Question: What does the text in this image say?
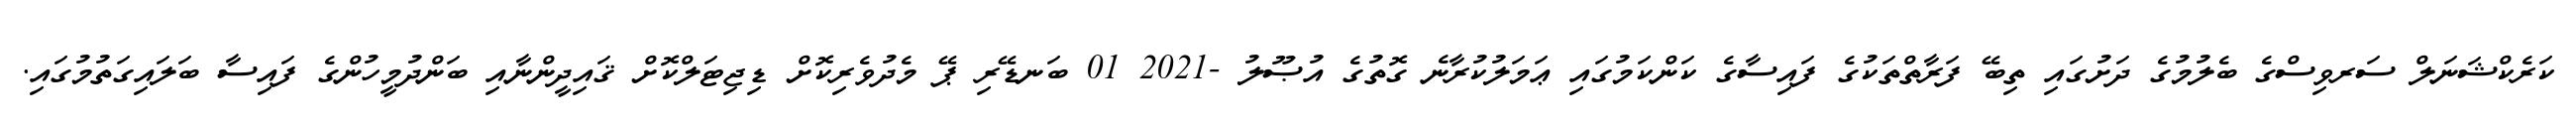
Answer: ކަރެކްޝަނަލް ސަރވިސްގެ ބެލުމުގެ ދަށުގައި ތިބޭ ފަރާތްތަކުގެ ފައިސާގެ ކަންކަމުގައި ޢަމަލުކުރާނެ ގޮތުގެ އުޞޫލު -2021 01 ބަނޑޭރި ޕޭ މެދުވެރިކޮށް ޑިޖިޓަލްކޮށް ޤައިދީންނާއި ބަންދުމީހުންގެ ފައިސާ ބަލައިގަތުމުގައި.